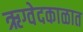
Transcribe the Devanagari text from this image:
ऋग्वेदकाळात